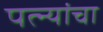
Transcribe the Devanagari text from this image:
पत्‍न्यांचा